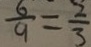
\frac { 6 } { 9 } = \frac { 2 } { 3 }